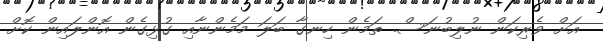
އަށް ވެރިކަން ނުލިބުނަސް. ތަމެން ހިނގާ ބަލަ މަމެންނާއި ގުޅިގެން އޮންލައިން ކޮށް